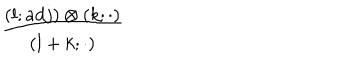
{ \frac { ( l ; a d j ) \otimes ( k ; \cdot ) } { ( l + k ; \cdot ) } }